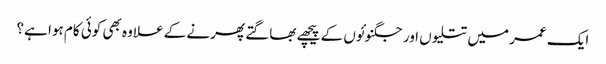
ایک عمر میں تتلیوں اور جگنوئوں کے پیچھے بھاگتے پھرنے کے علاوہ بھی کوئی کام ہوا ہے؟